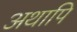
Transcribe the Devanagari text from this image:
अथापि